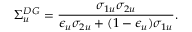
\Sigma _ { u } ^ { D G } = \frac { \sigma _ { 1 u } \sigma _ { 2 u } } { \epsilon _ { u } \sigma _ { 2 u } + ( 1 - \epsilon _ { u } ) \sigma _ { 1 u } } .